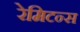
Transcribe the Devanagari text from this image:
रेमिटन्स